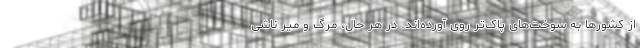
از کشورها به سوخت‌های پاک‌تر روی آورده‌اند. در هر حال، مرگ و میر ناشی